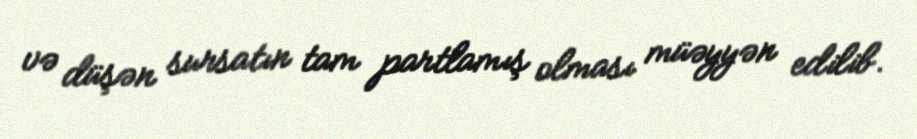
və düşən sursatın tam partlamış olması müəyyən edilib.